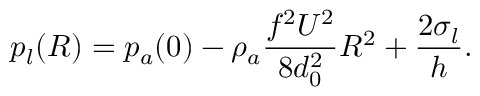
p _ { l } ( R ) = p _ { a } ( 0 ) - \rho _ { a } { \frac { f ^ { 2 } U ^ { 2 } } { 8 d _ { 0 } ^ { 2 } } R ^ { 2 } } + \frac { 2 \sigma _ { l } } { h } .